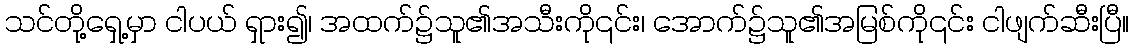
သင်တို့ရှေ့မှာ ငါပယ် ရှား၍၊ အထက်၌သူ၏အသီးကို၎င်း၊ အောက်၌သူ၏အမြစ်ကို၎င်း ငါဖျက်ဆီးပြီ။